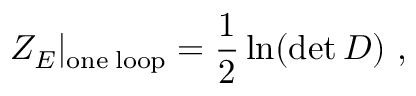
{ \cal Z } _ { E } | _ { \mathrm { o n e \; l o o p } } = \frac { 1 } { 2 } \ln ( \operatorname * { d e t } { \cal D } ) \ ,